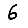
Digit: 6